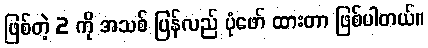
ဖြစ်တဲ့ 2 ကို အသစ် ပြန်လည် ပုံဖော် ထားတာ ဖြစ်ပါတယ်။